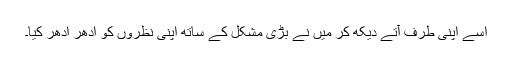
اسے اپنی طرف آتے دیکھ کر میں نے بڑی مشکل کے ساتھ اپنی نظروں کو ادھر ادھر کیا۔